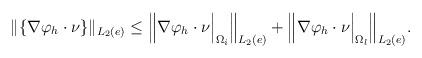
LaTeX: \begin{align*}\|\{\nabla \varphi_h \cdot \nu\}\|_{L_2(e)}& \leq\Big\|\nabla \varphi_h \cdot \nu \Big|_{\Omega_i} \Big\|_{L_2(e)}+ \Big\|\nabla \varphi_h \cdot \nu \Big|_{\Omega_l} \Big\|_{L_2(e)}.\end{align*}